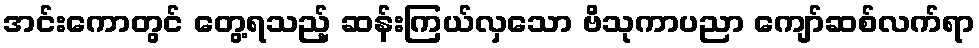
အင်းကောတွင် တွေ့ရသည့် ဆန်းကြယ်လှသော ဗိသုကာပညာ ကျော်ဆစ်လက်ရာ